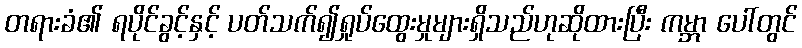
တရားခံ၏ ရပိုင်ခွင့်နှင့် ပတ်သက်၍ရှုပ်ထွေးမှုများရှိသည်ဟုဆိုထားပြီး ကမ္ဘာ ပေါ်တွင်